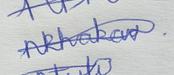
Signature authenticity: genuine